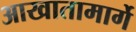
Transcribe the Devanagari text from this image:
आखातामार्गे